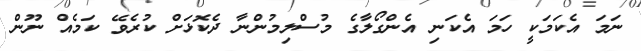
ނަމަ އެކަމަކީ ހަމަ އެކަނި އެންގޯލާގެ މުސްލިމުންނާ ދެކޮޅަށް ކުރެވޭ ކަމެއް ނޫން